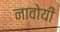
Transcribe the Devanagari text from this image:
नावोयी